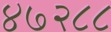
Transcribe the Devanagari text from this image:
४७२८८